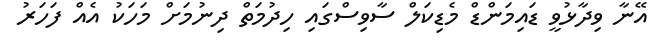
އޭނާ ވިދާޅުވީ ޑައިމަންޑް މެޑިކަލް ސާވިސްގައި ހިދުމަތް ދިނުމަށް މަހަކު އެއް ފަހަރު